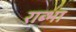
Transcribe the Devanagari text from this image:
राब्भा